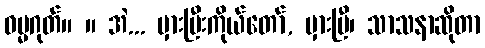
ဓမ္မဂုတ်။ ။ အဲ... မှားပြီးကိုယ်တော်, မှားပြီ၊ သာသနာဆိုတာ